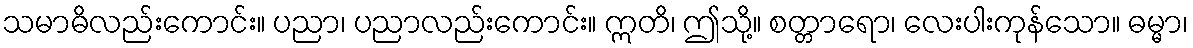
သမာဓိလည်းကောင်း။ ပညာ၊ ပညာလည်းကောင်း။ ဣတိ၊ ဤသို့။ စတ္တာရော၊ လေးပါးကုန်သော။ ဓမ္မာ၊